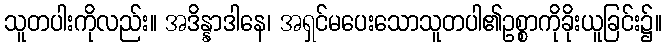
သူတပါးကိုလည်း။ အဒိန္နာဒါနေ၊ အရှင်မပေးသောသူတပါ၏ဥစ္စာကိုခိုးယူခြင်း၌။